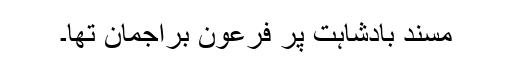
مسندِ بادشاہت پر فرعون براجمان تھا۔